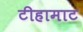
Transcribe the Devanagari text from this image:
टीहामाट